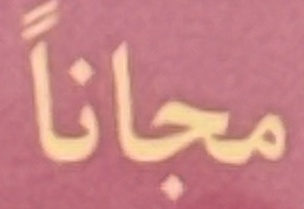
مجانا